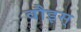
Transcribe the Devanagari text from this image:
वौइस्